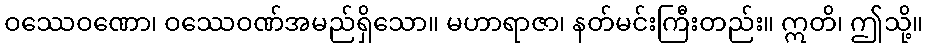
ဝဿေဝဏော၊ ဝဿေဝဏ်အမည်ရှိသော။ မဟာရာဇာ၊ နတ်မင်းကြီးတည်း။ ဣတိ၊ ဤသို့။